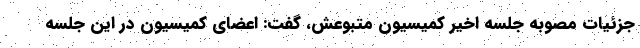
جزئیات مصوبه جلسه اخیر کمیسیون متبوعش، گفت: اعضای کمیسیون در این جلسه